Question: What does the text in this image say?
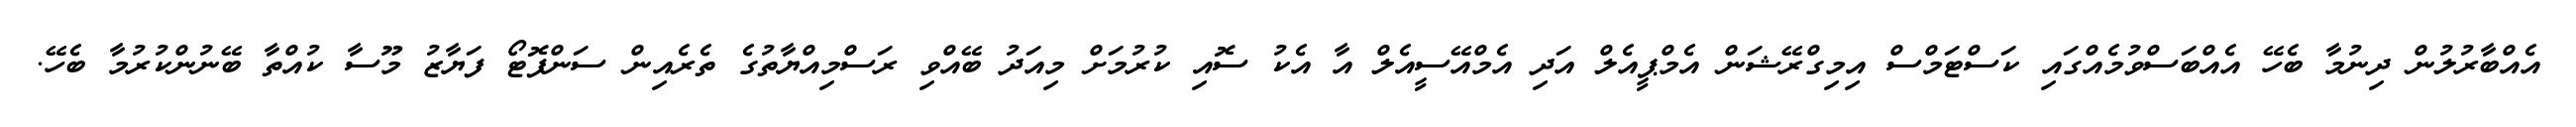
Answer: އެއްބާރުލުން ދިނުމާ ބެހޭ އެއްބަސްވުމެއްގައި ކަސްޓަމްސް އިމިގްރޭޝަން އެމްޕީއެލް އަދި އެމްއޭސީއެލް އާ އެކު ސޮއި ކުރުމަށް މިއަދު ބޭއްވި ރަސްމިއްޔާތުގެ ތެރެއިން ސަންފޮޓޯ ފަޔާޒު މޫސާ ކުއްތާ ބޭނުންކުރުމާ ބެހޭ.